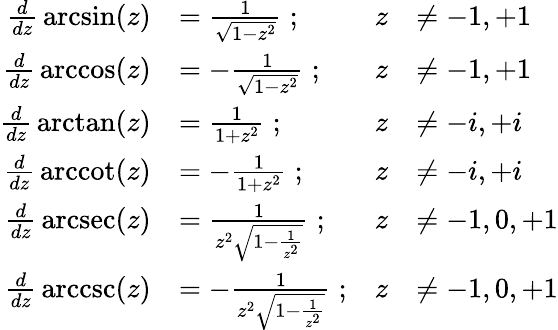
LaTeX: {\begin{array}{rlrl}{{\frac{d}{dz}}\arcsin(z)}&{={\frac{1}{\sqrt{1-z^{2}}}}\; ;}&{z}&{\neq-1,+1}\\ {{\frac{d}{dz}}\operatorname{arccos}(z)}&{=-{\frac{1}{\sqrt{1-z^{2}}}}\; ;}&{z}&{\neq-1,+1}\\ {{\frac{d}{dz}}\arctan(z)}&{={\frac{1}{1+z^{2}}}\; ;}&{z}&{\neq-i,+i}\\ {{\frac{d}{dz}}\operatorname{arccot}(z)}&{=-{\frac{1}{1+z^{2}}}\; ;}&{z}&{\neq-i,+i}\\ {{\frac{d}{dz}}\operatorname{arcsec}(z)}&{={\frac{1}{z^{2}{\sqrt{1-{\frac{1}{z^{2}}}}}}}\; ;}&{z}&{\neq-1,0,+1}\\ {{\frac{d}{dz}}\operatorname{arccsc}(z)}&{=-{\frac{1}{z^{2}{\sqrt{1-{\frac{1}{z^{2}}}}}}}\; ;}&{z}&{\neq-1,0,+1}\end{array}}